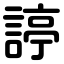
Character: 諪